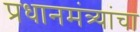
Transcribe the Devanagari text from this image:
प्रधानमंत्र्यांचा